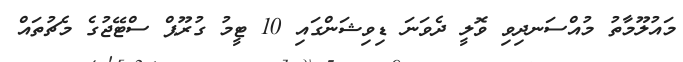
މައުލޫމާތު މުއްސަނދިވި ވޮލީ ދެވަނަ ޑިވިޝަންގައި 10 ޓީމު ގުރޫޕް ސްޓޭޖުގެ މެޗުތައް